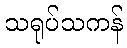
သရုပ်သကန်